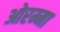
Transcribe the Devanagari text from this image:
ओरम्मा